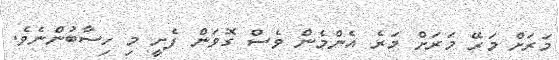
މަރަށް މަރޭ މަރަށް މަރެ އެންމެން ވެސް ގޮވަން ފެށީ މި ހިސާބުންނެވެ.